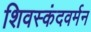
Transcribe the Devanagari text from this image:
शिवस्कंदवर्मन